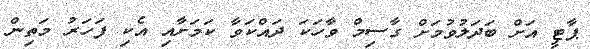
ޕާޓީ އަށް ބަދަލުވުމަށް ގާސިމް ވާހަކަ ދައްކަވާ ކަމަށާއި އެކި ފަހަރު މަތިން